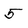
Character: 5